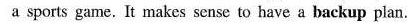
a sports game. It makes sense to have a backup plan.